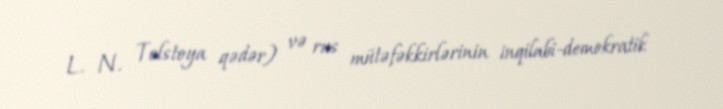
L. N. Tolstoya qədər) və rus mütəfəkkirlərinin inqilabi-demokratik